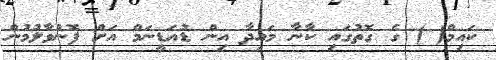
ކައިމް( ) ގެ ގޮތުގައި ކާނާ މައިދާ އިން ޑުއަޑީނަމް އަށް ފޮނުވާލުމުން